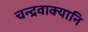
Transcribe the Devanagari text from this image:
चन्द्रवाक्यानि